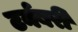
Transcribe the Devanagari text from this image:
टर्नबरी